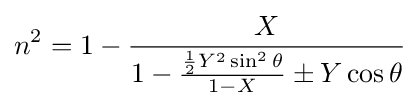
n^{2}=1-{\frac {X}{1-{\frac {{\frac {1}{2}}Y^{2}\sin ^{2}\theta }{1-X}}\pm Y\cos \theta }}